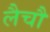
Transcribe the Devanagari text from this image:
लैचौ